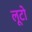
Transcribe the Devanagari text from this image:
लूटो